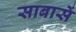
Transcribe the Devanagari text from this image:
साबासें